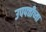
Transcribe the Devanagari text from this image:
उपपत्तीच्या